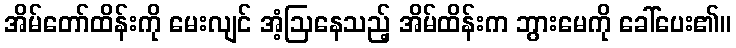
အိမ်တော်ထိန်းကို မေးလျင် အံ့ဩနေသည့် အိမ်ထိန်းက ဘွားမေကို ခေါ်ပေး၏။